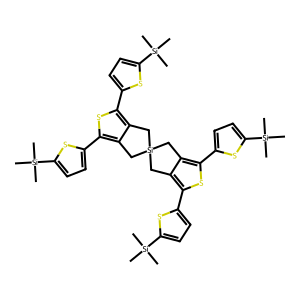
SMILES: C[Si](C)(C)c1ccc(-c2sc(-c3ccc([Si](C)(C)C)s3)c3c2C[Si]2(C3)Cc3c(-c4ccc([Si](C)(C)C)s4)sc(-c4ccc([Si](C)(C)C)s4)c3C2)s1
Inhibits HIV replication: No